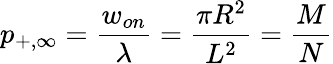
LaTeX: p_{+,\infty}={\frac{w_{on}}{\lambda}}={\frac{\pi R^{2}}{L^{2}}}={\frac{M}{N}}